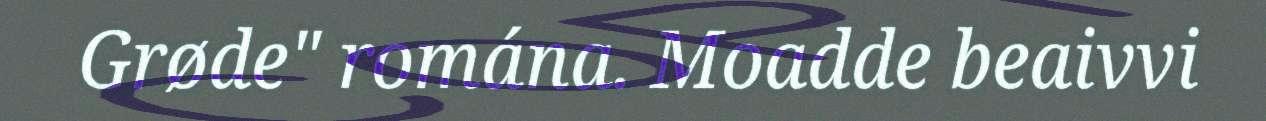
Grøde" romána. Moadde beaivvi